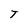
Character: T